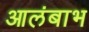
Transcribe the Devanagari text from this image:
आलंबाभ